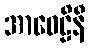
အာဝေဠိနီ